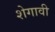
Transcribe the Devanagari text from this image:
शेगावी